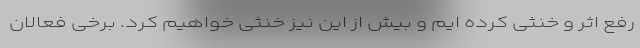
رفع اثر و خنثی کرده ایم و بیش از این نیز خنثی خواهیم کرد. برخی فعالان